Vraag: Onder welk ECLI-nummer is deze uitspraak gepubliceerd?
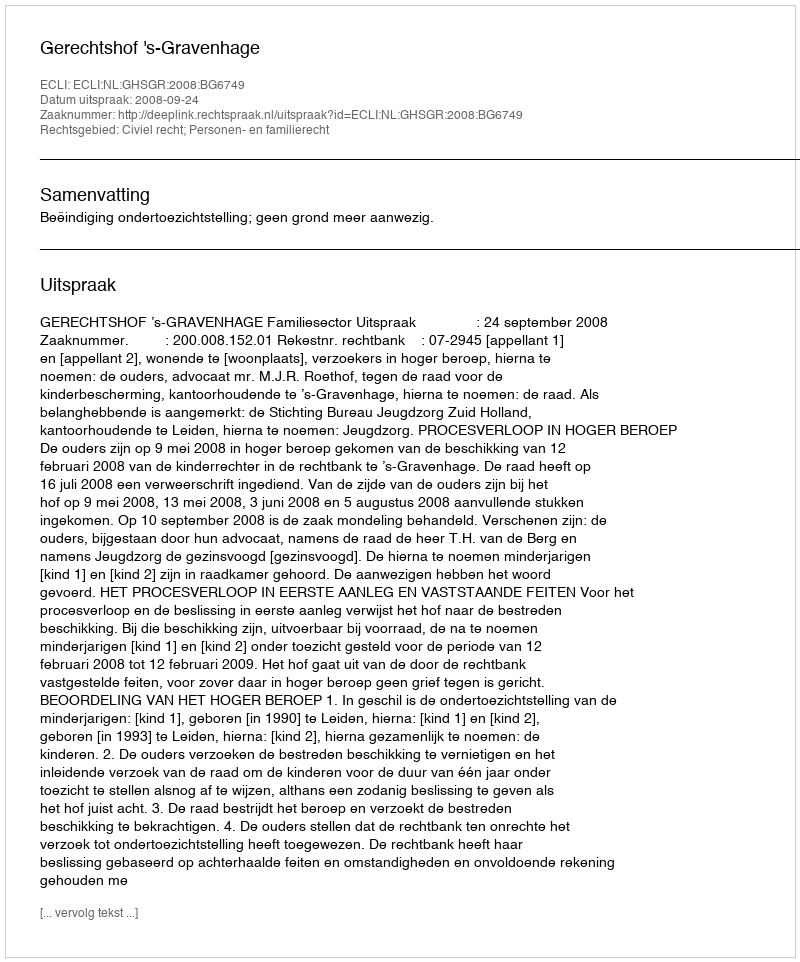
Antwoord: ECLI:NL:GHSGR:2008:BG6749